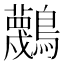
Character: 𪇴